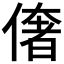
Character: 𠍽